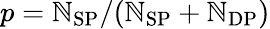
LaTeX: p=\mathbb{N}_{\mathrm{{SP}}}/(\mathbb{N}_{\mathrm{{SP}}}+\mathbb{N}_{\mathrm{{DP}}})